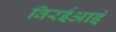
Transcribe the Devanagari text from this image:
विरईआइं